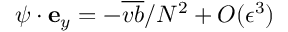
\boldsymbol { \psi } \cdot { \bf e } _ { y } = - { \overline { { v b } } } / { N ^ { 2 } } + { \cal O } ( \epsilon ^ { 3 } )